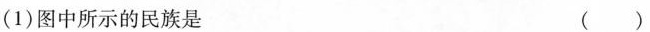
(1)图中所示的民族是 ( )